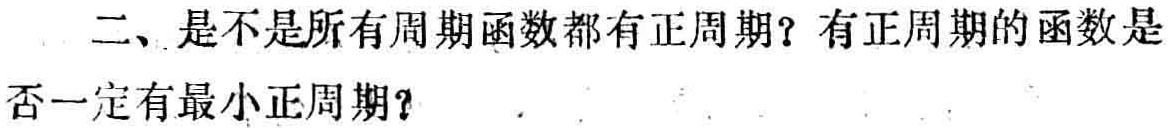
二、是不是所有周期函数都有正周期？有正周期的函数是否一定有最小正周期？